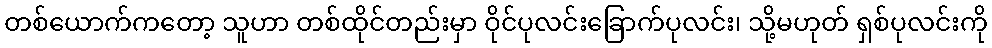
တစ်ယောက်ကတော့ သူဟာ တစ်ထိုင်တည်းမှာ ဝိုင်ပုလင်းခြောက်ပုလင်း၊ သို့မဟုတ် ရှစ်ပုလင်းကို